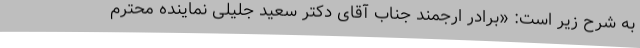
به شرح زیر است: «برادر ارجمند جناب آقای دکتر سعید جلیلی نماینده محترم